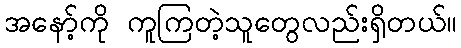
အနော့်ကို ကူကြတဲ့သူတွေလည်းရှိတယ်။